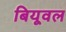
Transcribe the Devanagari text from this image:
बियूवल